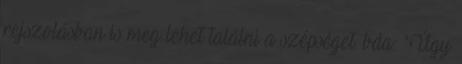
rejszolásban is meg lehet találni a szépséget. bda: "Úgy